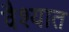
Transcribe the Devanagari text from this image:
वैश्यात